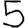
Digit: 5